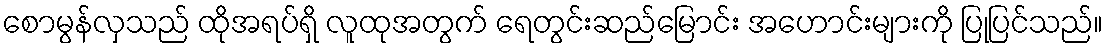
စောမွန်လှသည် ထိုအရပ်ရှိ လူထုအတွက် ရေတွင်းဆည်မြောင်း အဟောင်းများကို ပြုပြင်သည်။